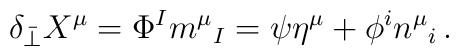
\delta_{\bar\perp} X^\mu = \Phi^I  m^\mu{}_{I}= \psi \eta^\mu + \phi^i n^\mu{}_i \,.